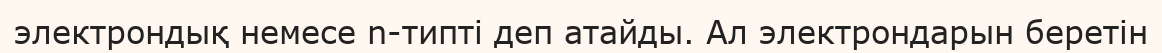
электрондық немесе n-типті деп атайды. Ал электрондарын беретін